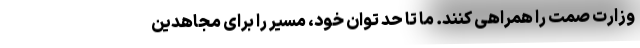
وزارت صمت را همراهی کنند. ما تا حد توان خود، مسیر را برای مجاهدین